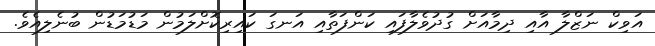
އަވިކް ނަޒްލާ އާއި ދިމާއަށް ގުދުވެލާފައި ކަންފަތާއި އަނގަ ކައިރިކޮށްލަމުން މަޑުމަޑުން ބުނެލިއެވެ.